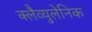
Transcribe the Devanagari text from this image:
क्लैव्युलेनिक